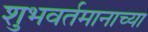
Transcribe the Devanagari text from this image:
शुभवर्तमानाच्या